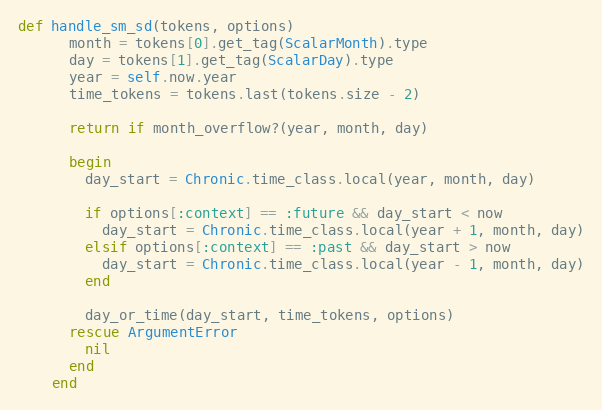
Language: Ruby
def handle_sm_sd(tokens, options)
      month = tokens[0].get_tag(ScalarMonth).type
      day = tokens[1].get_tag(ScalarDay).type
      year = self.now.year
      time_tokens = tokens.last(tokens.size - 2)

      return if month_overflow?(year, month, day)

      begin
        day_start = Chronic.time_class.local(year, month, day)

        if options[:context] == :future && day_start < now
          day_start = Chronic.time_class.local(year + 1, month, day)
        elsif options[:context] == :past && day_start > now
          day_start = Chronic.time_class.local(year - 1, month, day)
        end

        day_or_time(day_start, time_tokens, options)
      rescue ArgumentError
        nil
      end
    end